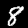
Digit: 8